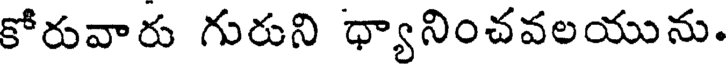
కోరువారు గురుని ధ్యానించవలయును.